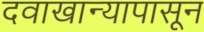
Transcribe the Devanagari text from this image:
दवाखान्यापासून